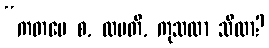
“ကတမေ စ, ထပတိ, ကုသလာ သီလာ?